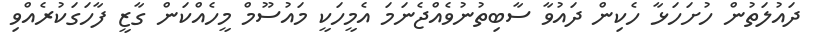
ދައުލަތުން ހުށަހަޅާ ހެކިން ދައުވާ ސާބިތުނުވެއްޖެނަމަ އެމީހަކީ މައުސޫމް މީހެއްކަން ގާޒީ ފާހަގަކުރެއްވި